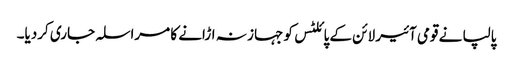
پالپا نے قومی آئیر لائن کے پائلٹس کو جہاز نہ اڑانے کا مراسلہ جاری کردیا۔